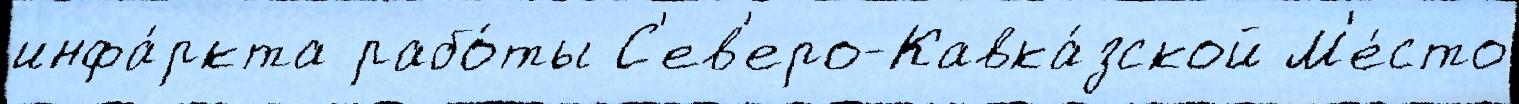
инфа́ркта рабо́ты С'ев'еро-Кавка́зской М'е́сто